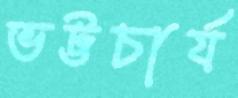
ভট্টচার্য